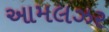
આમલઝર